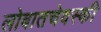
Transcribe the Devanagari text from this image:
लोबातचेवस्की